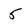
Character: 5